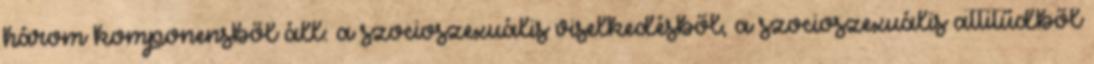
három komponensből áll: a szocioszexuális viselkedésből, a szocioszexuális attitűdből